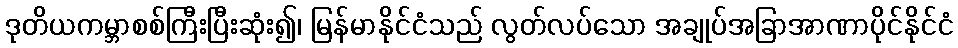
ဒုတိယကမ္ဘာစစ်ကြီးပြီးဆုံး၍၊ မြန်မာနိုင်ငံသည် လွတ်လပ်သော အချုပ်အခြာအာဏာပိုင်နိုင်ငံ